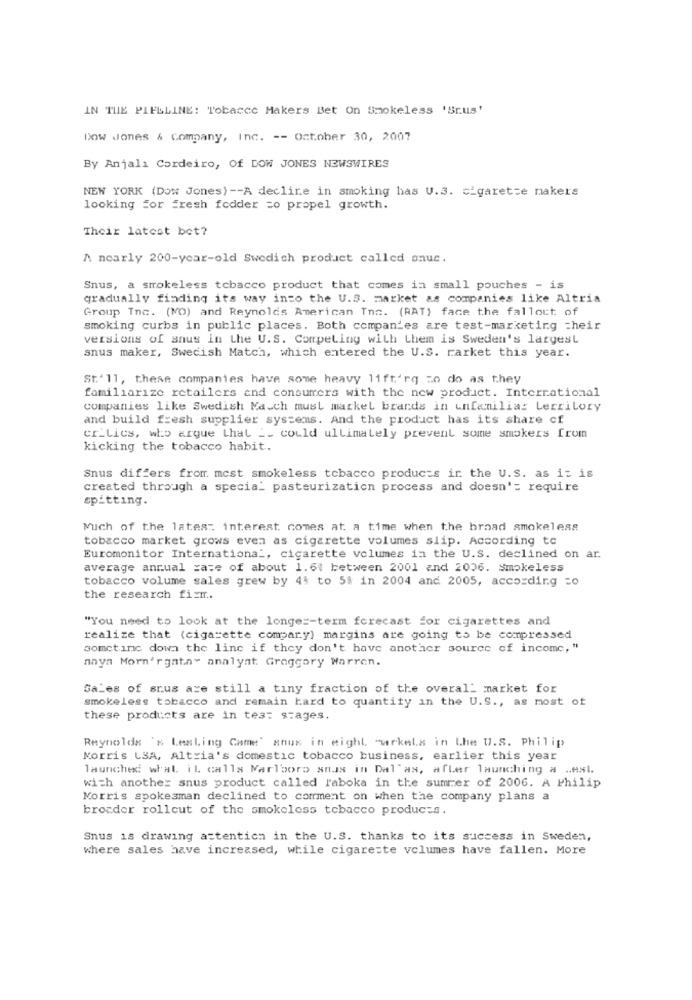
IN THE PIELLINE: Tobacco Makers Bet On Smokeless 'Srus'
Dow Jones & Company, Inc. -- October 30, 2007
By Anjalı Cordeiro, Of DOW JONES NEWSWIRES
NEW YORK (Dow Jones) -- A decline in smoking has U.3. cigarette makers
looking for Fresh fodder =o propel growth.
Their latest bet?
A nearly 200-year-old Swedish product called onuc.
Snus, a smokeless tobacco product that comes in small pouches - is
gradually finding its way into the U.S. market as companies like Altria
Group Inc. (NO) and Reynolds American Tnn. (RAT) face the fallout of
smoking curbs in public places. Both companies are test-marketing =heir
versions of snus in the U.S. Competing with them is Sweden's largest
snus maker, Swedish Match, which entered the U.S. rarket this year.
St.' 11, these companies have some heavy lift'rq zo do as they
familiarize retailers and consumers with the new product. International
companies like Swedish Ma.ch must markel brands in unfamiliaz Lecrilory
and build fresh supplier systems. And the product has its share cf
cr_lies, who argue that __ could ultimately prevent some smokers from
kicking the tobacco habit.
Snus differs from mest smokeless tobacco products in the U.S. as it is
created through a special pasteurization process and doesn'= require
spitting.
Much of the latest interest comes at a time when the broad smokeless
tobacco market grows even as cigarette volumes slip. According to
Euromonitor International, cigarette volumes in the U.S. declined on ar.
average annual rate of about 1.6t between 2001 and 2006. Smokeless
tobacco volume sales grew by 44 to 5% in 2004 and 2005, according =0
the research firm ..
"You need to look at the longer-term forecast for cigarettes and
realize that (cigarette compary) margins are going to be compressed
somctinc down the line if they don't have another source of income, "
naya Morn'rgatn" analyst Groggory Warren.
Sales of srus are still a tiny fraction of the overall market for
smokeless tobacco and remain hard to quantity in the U.S ., as most of
these products are in tes: stages.
Reynolds 's Lesling Came' anus in might "wrkels in the U.S. Philip
Norris LSA, Altria's domestic tobacco business, earlier this year
launched what il calls Marlboro snus in Dal'as, afLer launching a .. est.
with another snus product called l'aboka in the summer of 2006. A Philip
Norris spokesman declined to comment on when the company plans a
broader rollcut of the smokeless tobacco products.
Snus is drawing attention in the U.S. thanks to its success in Sweden,
where sales have increased, while cigarette volumes have fallen. More